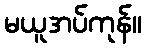
မယူအပ်ကုန်။